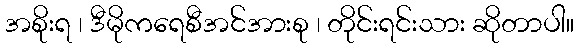
အစိုးရ ၊ ဒီမိုကရေစီအင်အားစု ၊ တိုင်းရင်းသား ဆိုတာပါ။